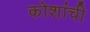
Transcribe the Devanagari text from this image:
कोशांची